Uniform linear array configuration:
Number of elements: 24
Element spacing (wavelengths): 0.25
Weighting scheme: kaiser
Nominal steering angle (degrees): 15
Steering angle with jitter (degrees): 15.287
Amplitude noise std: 0.05
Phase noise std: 0.05

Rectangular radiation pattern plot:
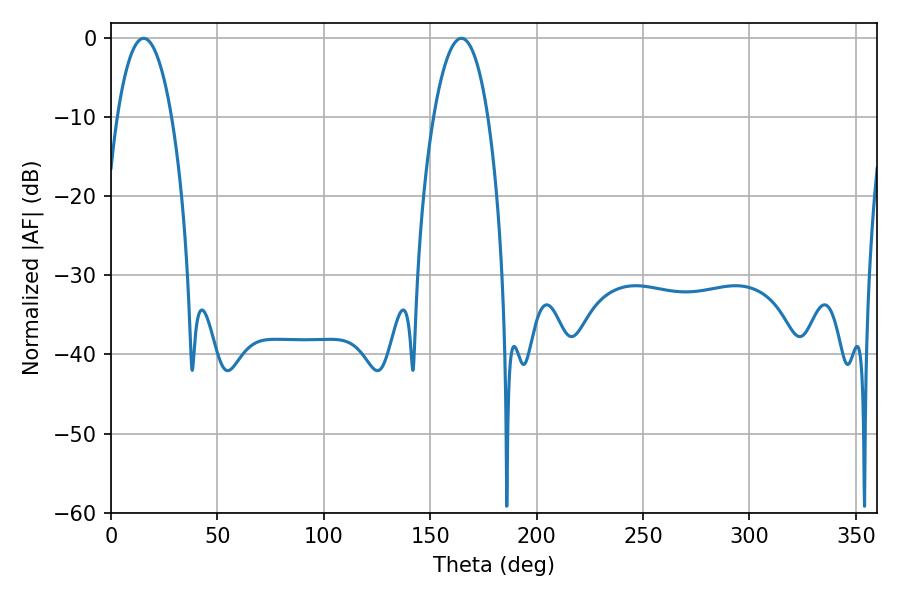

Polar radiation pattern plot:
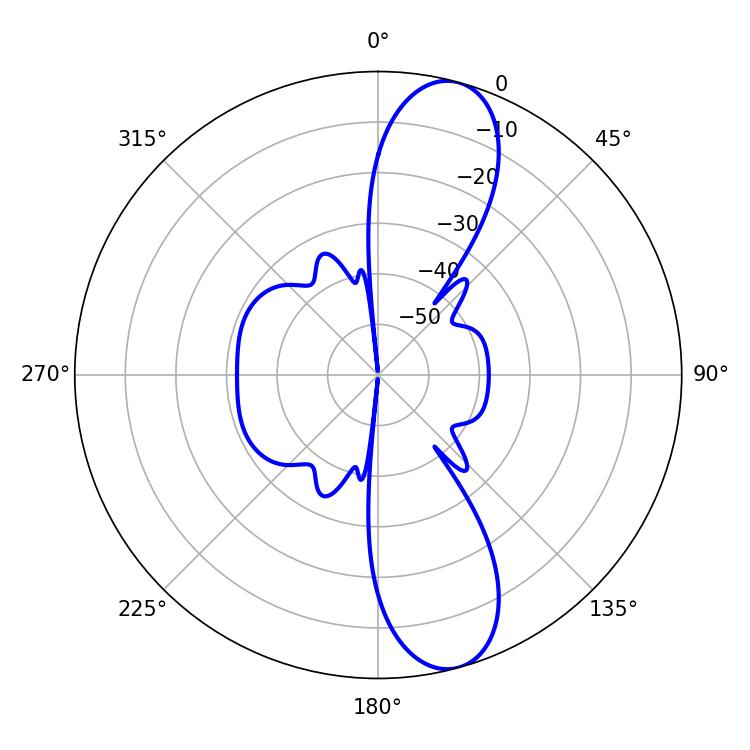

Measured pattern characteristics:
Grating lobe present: FALSE
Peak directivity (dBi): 11.55
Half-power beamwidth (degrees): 14.22
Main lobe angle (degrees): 15.3